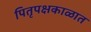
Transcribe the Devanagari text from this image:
पितृपक्षकाळात